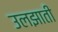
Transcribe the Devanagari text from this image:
उलझाती